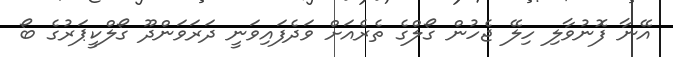
އޭނާ ފޮނުވާލި ހިލޭ ޖެހުން ގޯލްގެ ތެރެއަށް ވަދެފައިވަނީ ދަރަވަންދޫ ގޯލްކީޕަރުގެ ބޯ